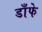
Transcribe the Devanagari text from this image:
डाँफे